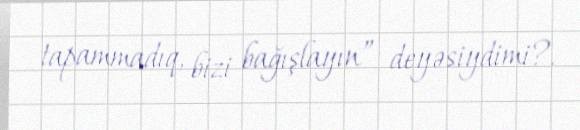
tapammadıq, bizi bağışlayın” deyəsiydimi?.